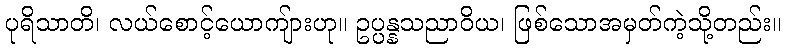
ပုရိသာတိ၊ လယ်စောင့်ယောကျ်ားဟု။ ဥပ္ပန္နသညာဝိယ၊ ဖြစ်သောအမှတ်ကဲ့သို့တည်း။